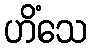
ဟိံသေ